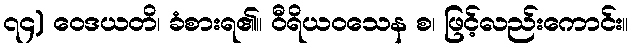
၇၄) ဝေဒယတိ၊ ခံစားရ၏။ ဝီရိယဝသေန စ၊ ဖြင့်လည်းကောင်း။